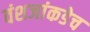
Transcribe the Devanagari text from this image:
वंशजांकडेच